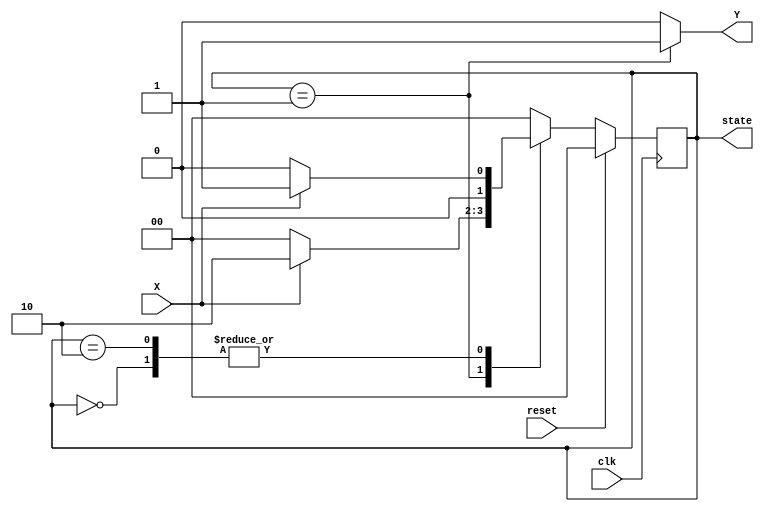
module moore_state_machine (
    input wire clk,          // Clock signal
    input wire reset,        // Synchronous reset signal
    input wire X,            // Input signal
    output reg [1:0] state,  // Current state (2 bits for 3 states)
    output reg Y             // Output signal
);

// State encoding
localparam S0 = 2'b00; // State 0
localparam S1 = 2'b01; // State 1
localparam S2 = 2'b10; // State 2

// State register
always @(posedge clk) begin
    if (reset) begin
        state <= S0; // Reset to state S0
    end else begin
        case (state)
            S0: if (X) state <= S1; else state <= S0; // Transition from S0
            S1: if (X) state <= S2; else state <= S0; // Transition from S1
            S2: if (X) state <= S1; else state <= S0; // Transition from S2
            default: state <= S0; // Default to S0
        endcase
    end
end

// Output logic based on current state (Moore machine)
always @(*) begin
    case (state)
        S0: Y = 1'b0; // Output for state S0
        S1: Y = 1'b1; // Output for state S1
        S2: Y = 1'b0; // Output for state S2
        default: Y = 1'b0; // Default output
    endcase
end

endmodule